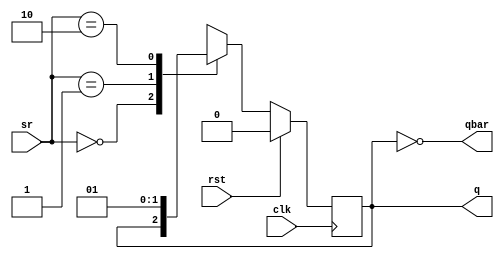
module jsrflipflop(q,qbar,clk,rst,sr);
	output reg q;
	output qbar;
	input clk, rst;
	input [1:0] sr;

	assign qbar = ~q;

	always @(negedge clk)
	begin
		if (rst)
			q <= 0;
		else
			case(sr)
				2'b00: q <= q;
				2'b01: q <= 0;
				2'b10: q <= 1;
				2'b11: q <= 1'bx;
			endcase
	end
endmodule